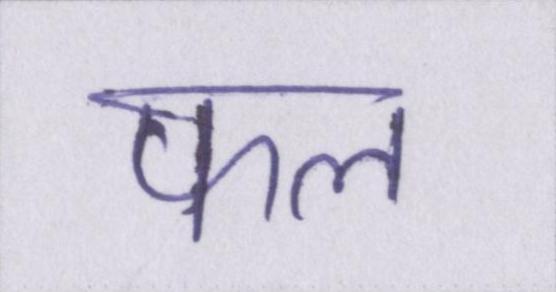
फल